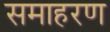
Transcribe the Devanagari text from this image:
समाहरण